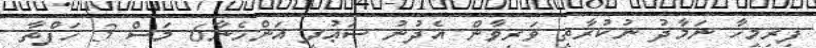
ފިރިމީހާ ނަމާދު ނުކުރާތީ ވަރިވާން އެދުނު ސަޢުދީ އަންހެނާ6 މަސް 3 ހަފްތާ